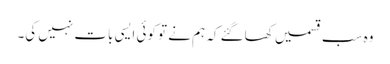
وہ سب قسمیں کھاگئے کہ ہم نے تو کوئی ایسی بات نہیں کی۔